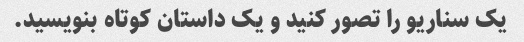
یک سناریو را تصور کنید و یک داستان کوتاه بنویسید.